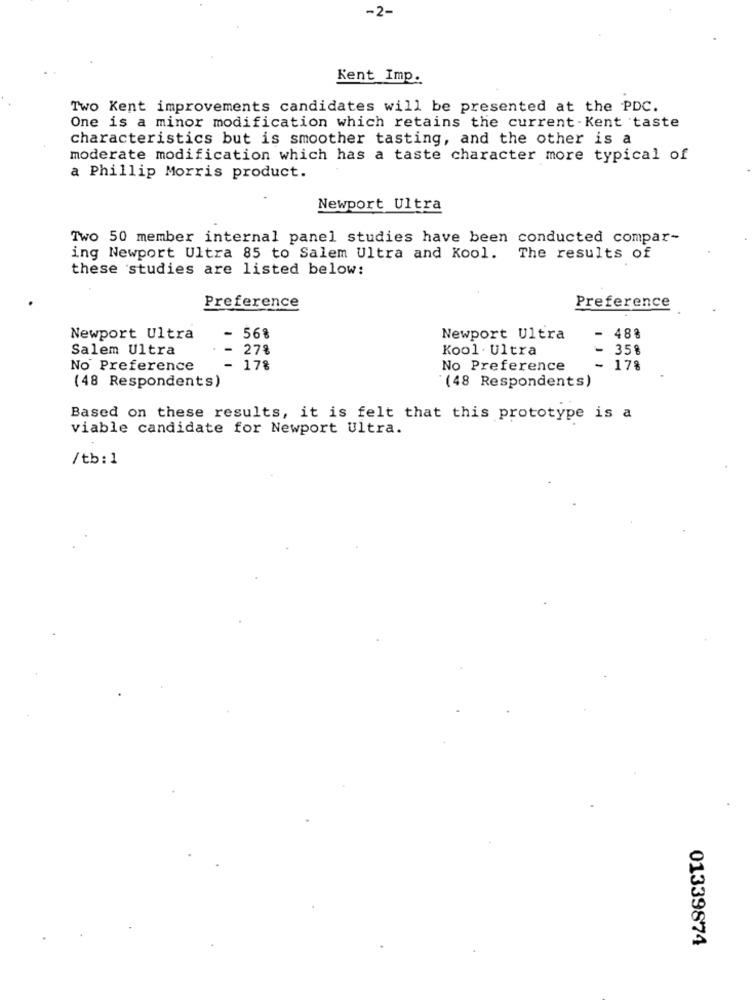
-2-
Kent Imp.
Two Kent improvements candidates will be presented at the PDC.
One is a minor modification which retains the current -Kent taste
characteristics but is smoother tasting, and the other is a
moderate modification which has a taste character more typical of
a Phillip Morris product.
Newport Ultra
Two 50 member internal panel studies have been conducted compar-
ing Newport Ultra 85 to Salem Ultra and Kool.
The results of
these studies are listed below:
Preference
Preference
Newport Ultra
- 56%
Newport Ultra
488
Salem Ultra
27%
Kool . Ultra
358
No Preference
- 17%
No Preference
- 17%
(48 Respondents)
(48 Respondents)
Based on these results, it is felt that this prototype is a
viable candidate for Newport Ultra.
/tb: 1
01339874